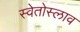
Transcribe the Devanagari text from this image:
स्वेतोस्लाव